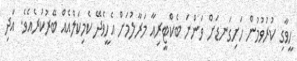
ހީވާގި ކުރުވުމުން ހަށިގަނޑަށް ވަންނަ ބެކްޓީރިއާ މަރާލުމަށް އެހީވެދޭ ކެމިކަލްއެއް ބޭރުކުރެއެވެ. އަދި